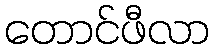
တောင်ဖီလာ